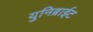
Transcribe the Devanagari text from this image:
युनिब्राईट